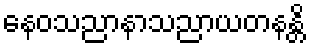
နေဝသညာနာသညာယတနန္တိ